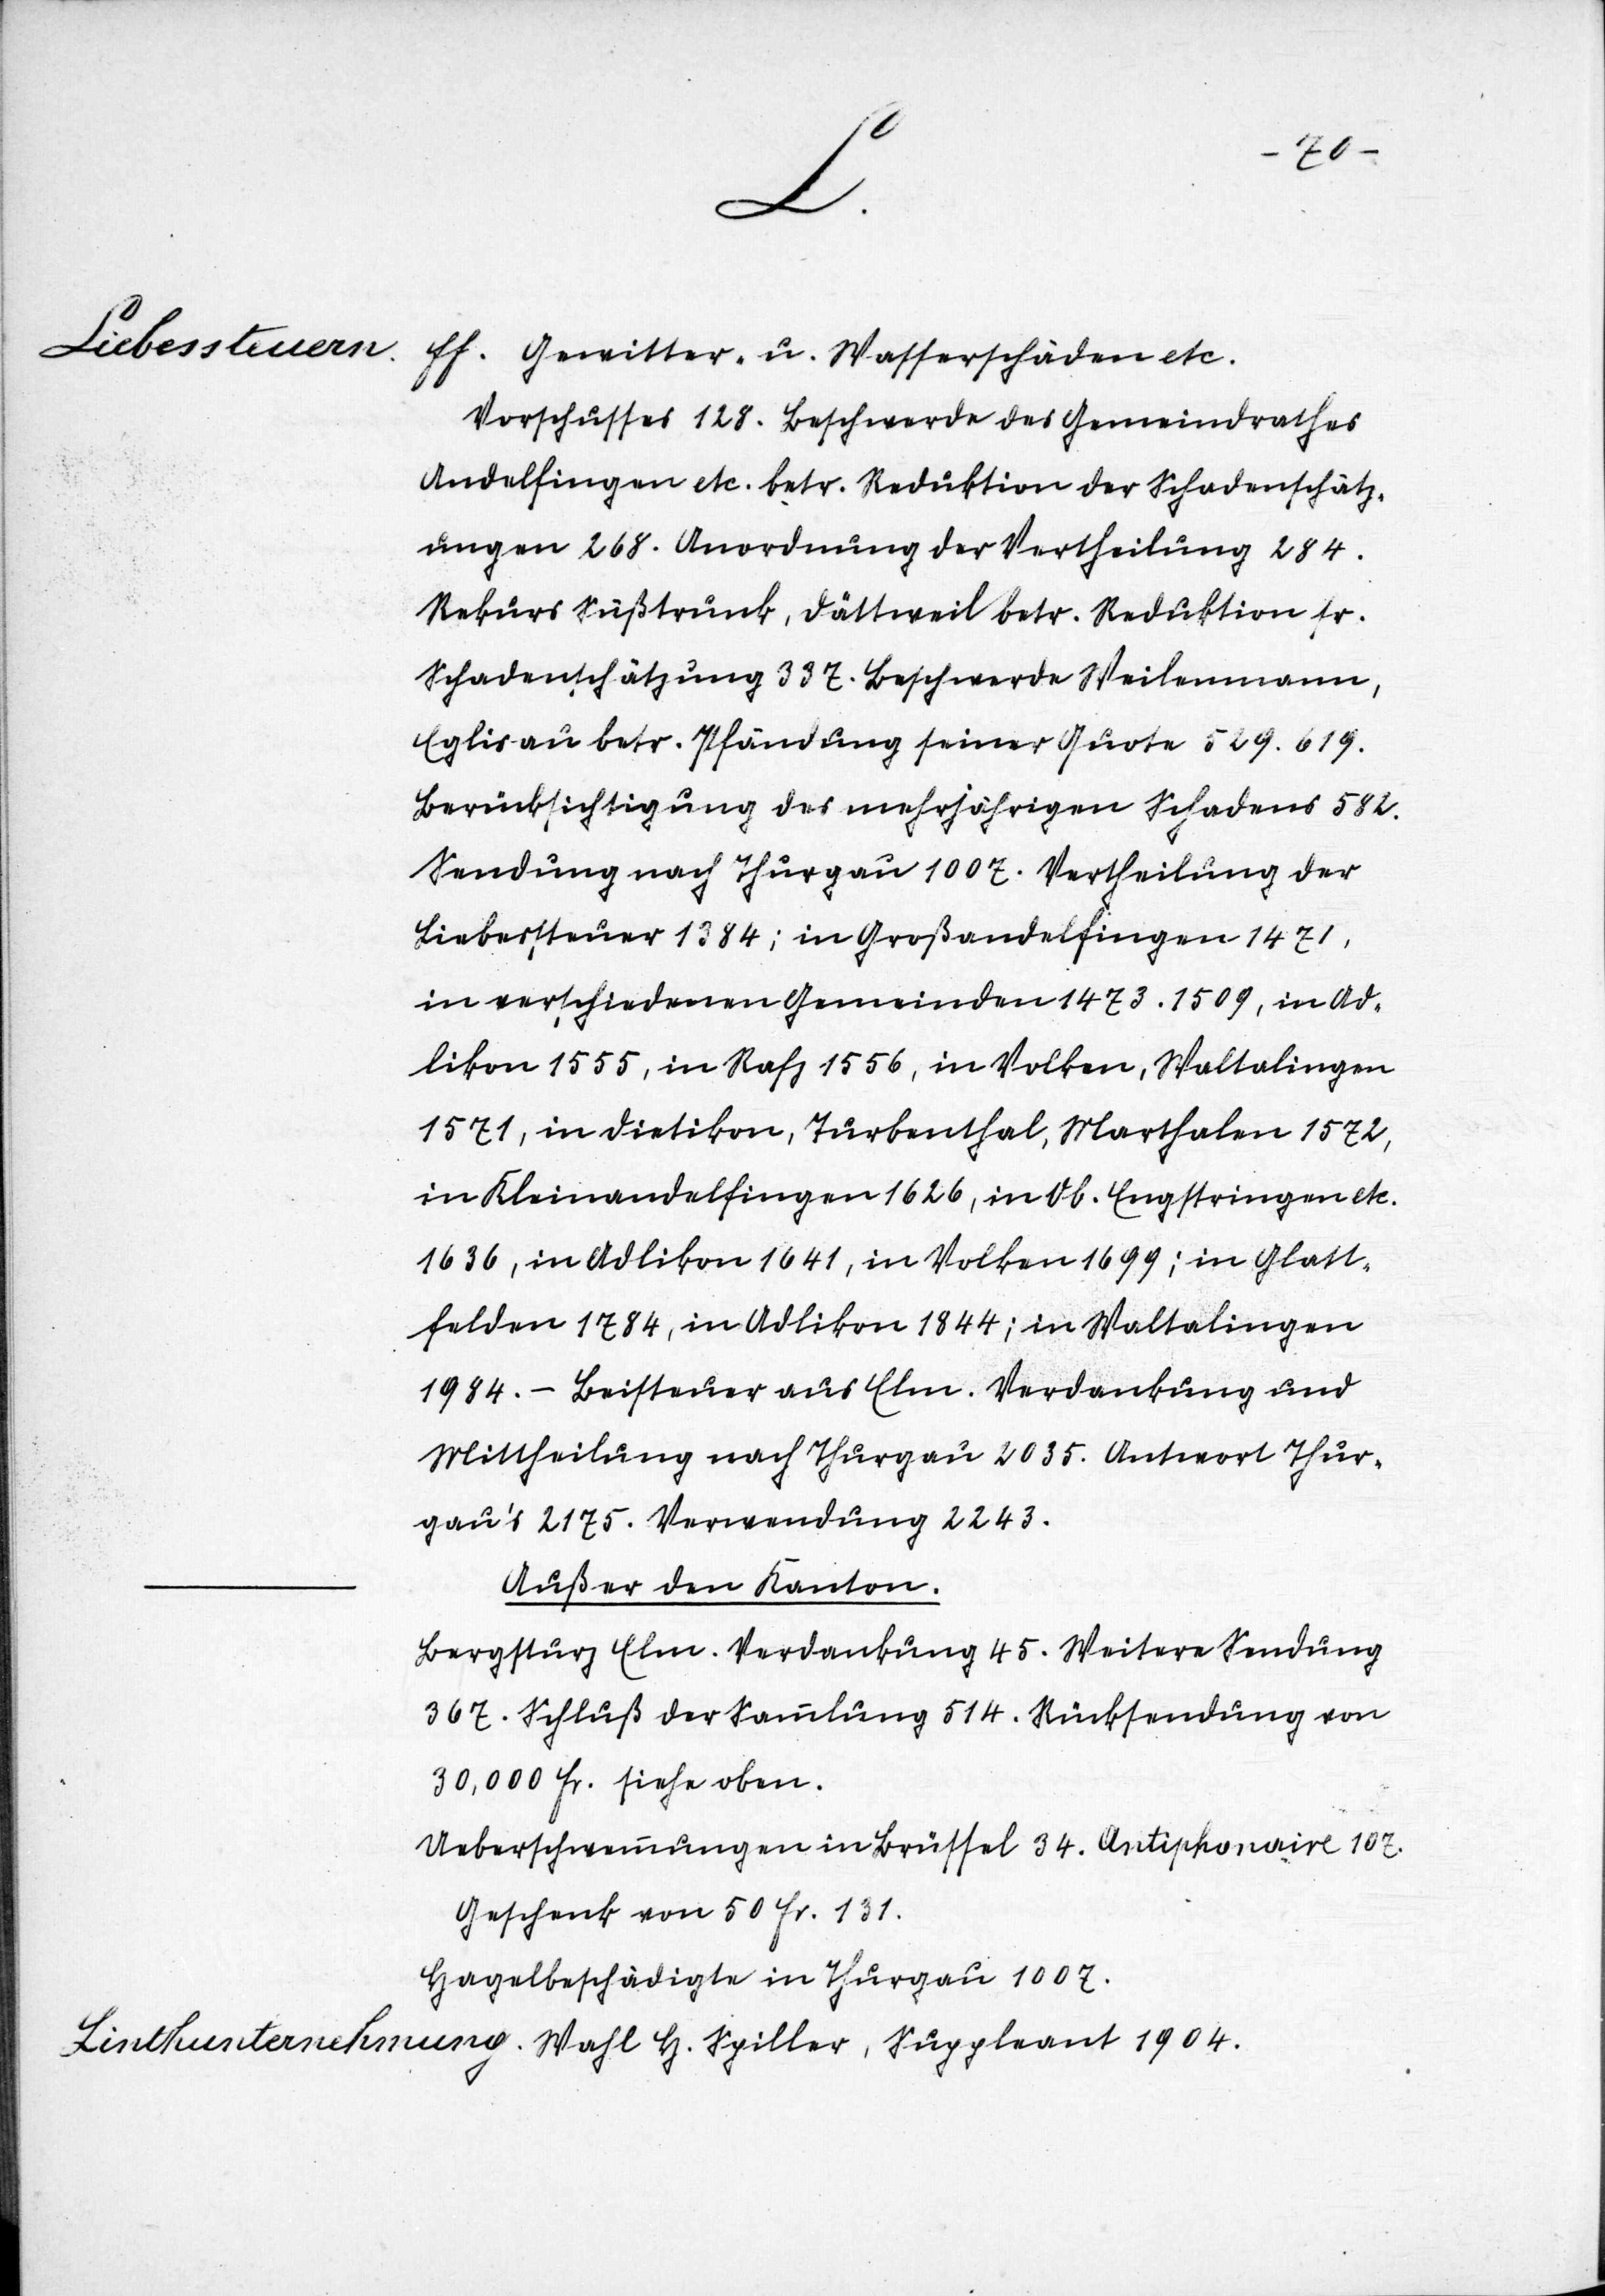
50.
–.